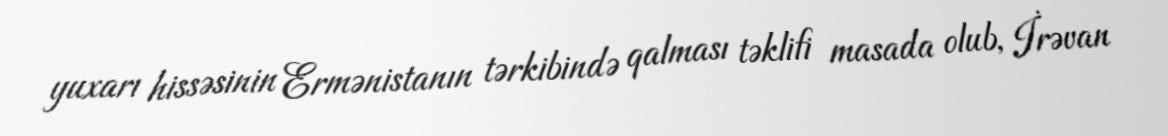
yuxarı hissəsinin Ermənistanın tərkibində qalması təklifi masada olub, İrəvan